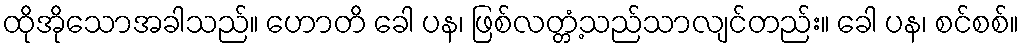
ထိုအိုသောအခါသည်။ ဟောတိ ခေါ ပန၊ ဖြစ်လတ္တံ့သည်သာလျင်တည်း။ ခေါ ပန၊ စင်စစ်။